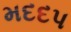
મદદપ